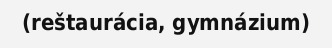
(reštaurácia, gymnázium)